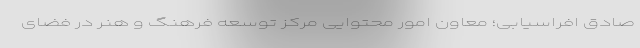
صادق افراسیابی؛ معاون امور محتوایی مرکز توسعه فرهنگ و هنر در فضای